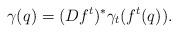
LaTeX: \begin{align*}\gamma(q)=(Df^t)^*\gamma_t(f^t(q)).\end{align*}